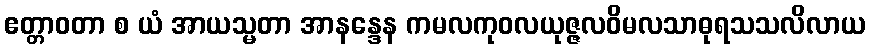
ဧတ္တာဝတာ စ ယံ အာယသ္မတာ အာနန္ဒေန ကမလကုဝလယုဇ္ဇလဝိမလသာဓုရသသလိလာယ